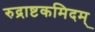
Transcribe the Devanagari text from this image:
रुद्राष्टकमिदम्